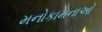
મનોકામનાઓ